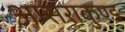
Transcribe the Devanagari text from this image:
अप्सराकुण्ड